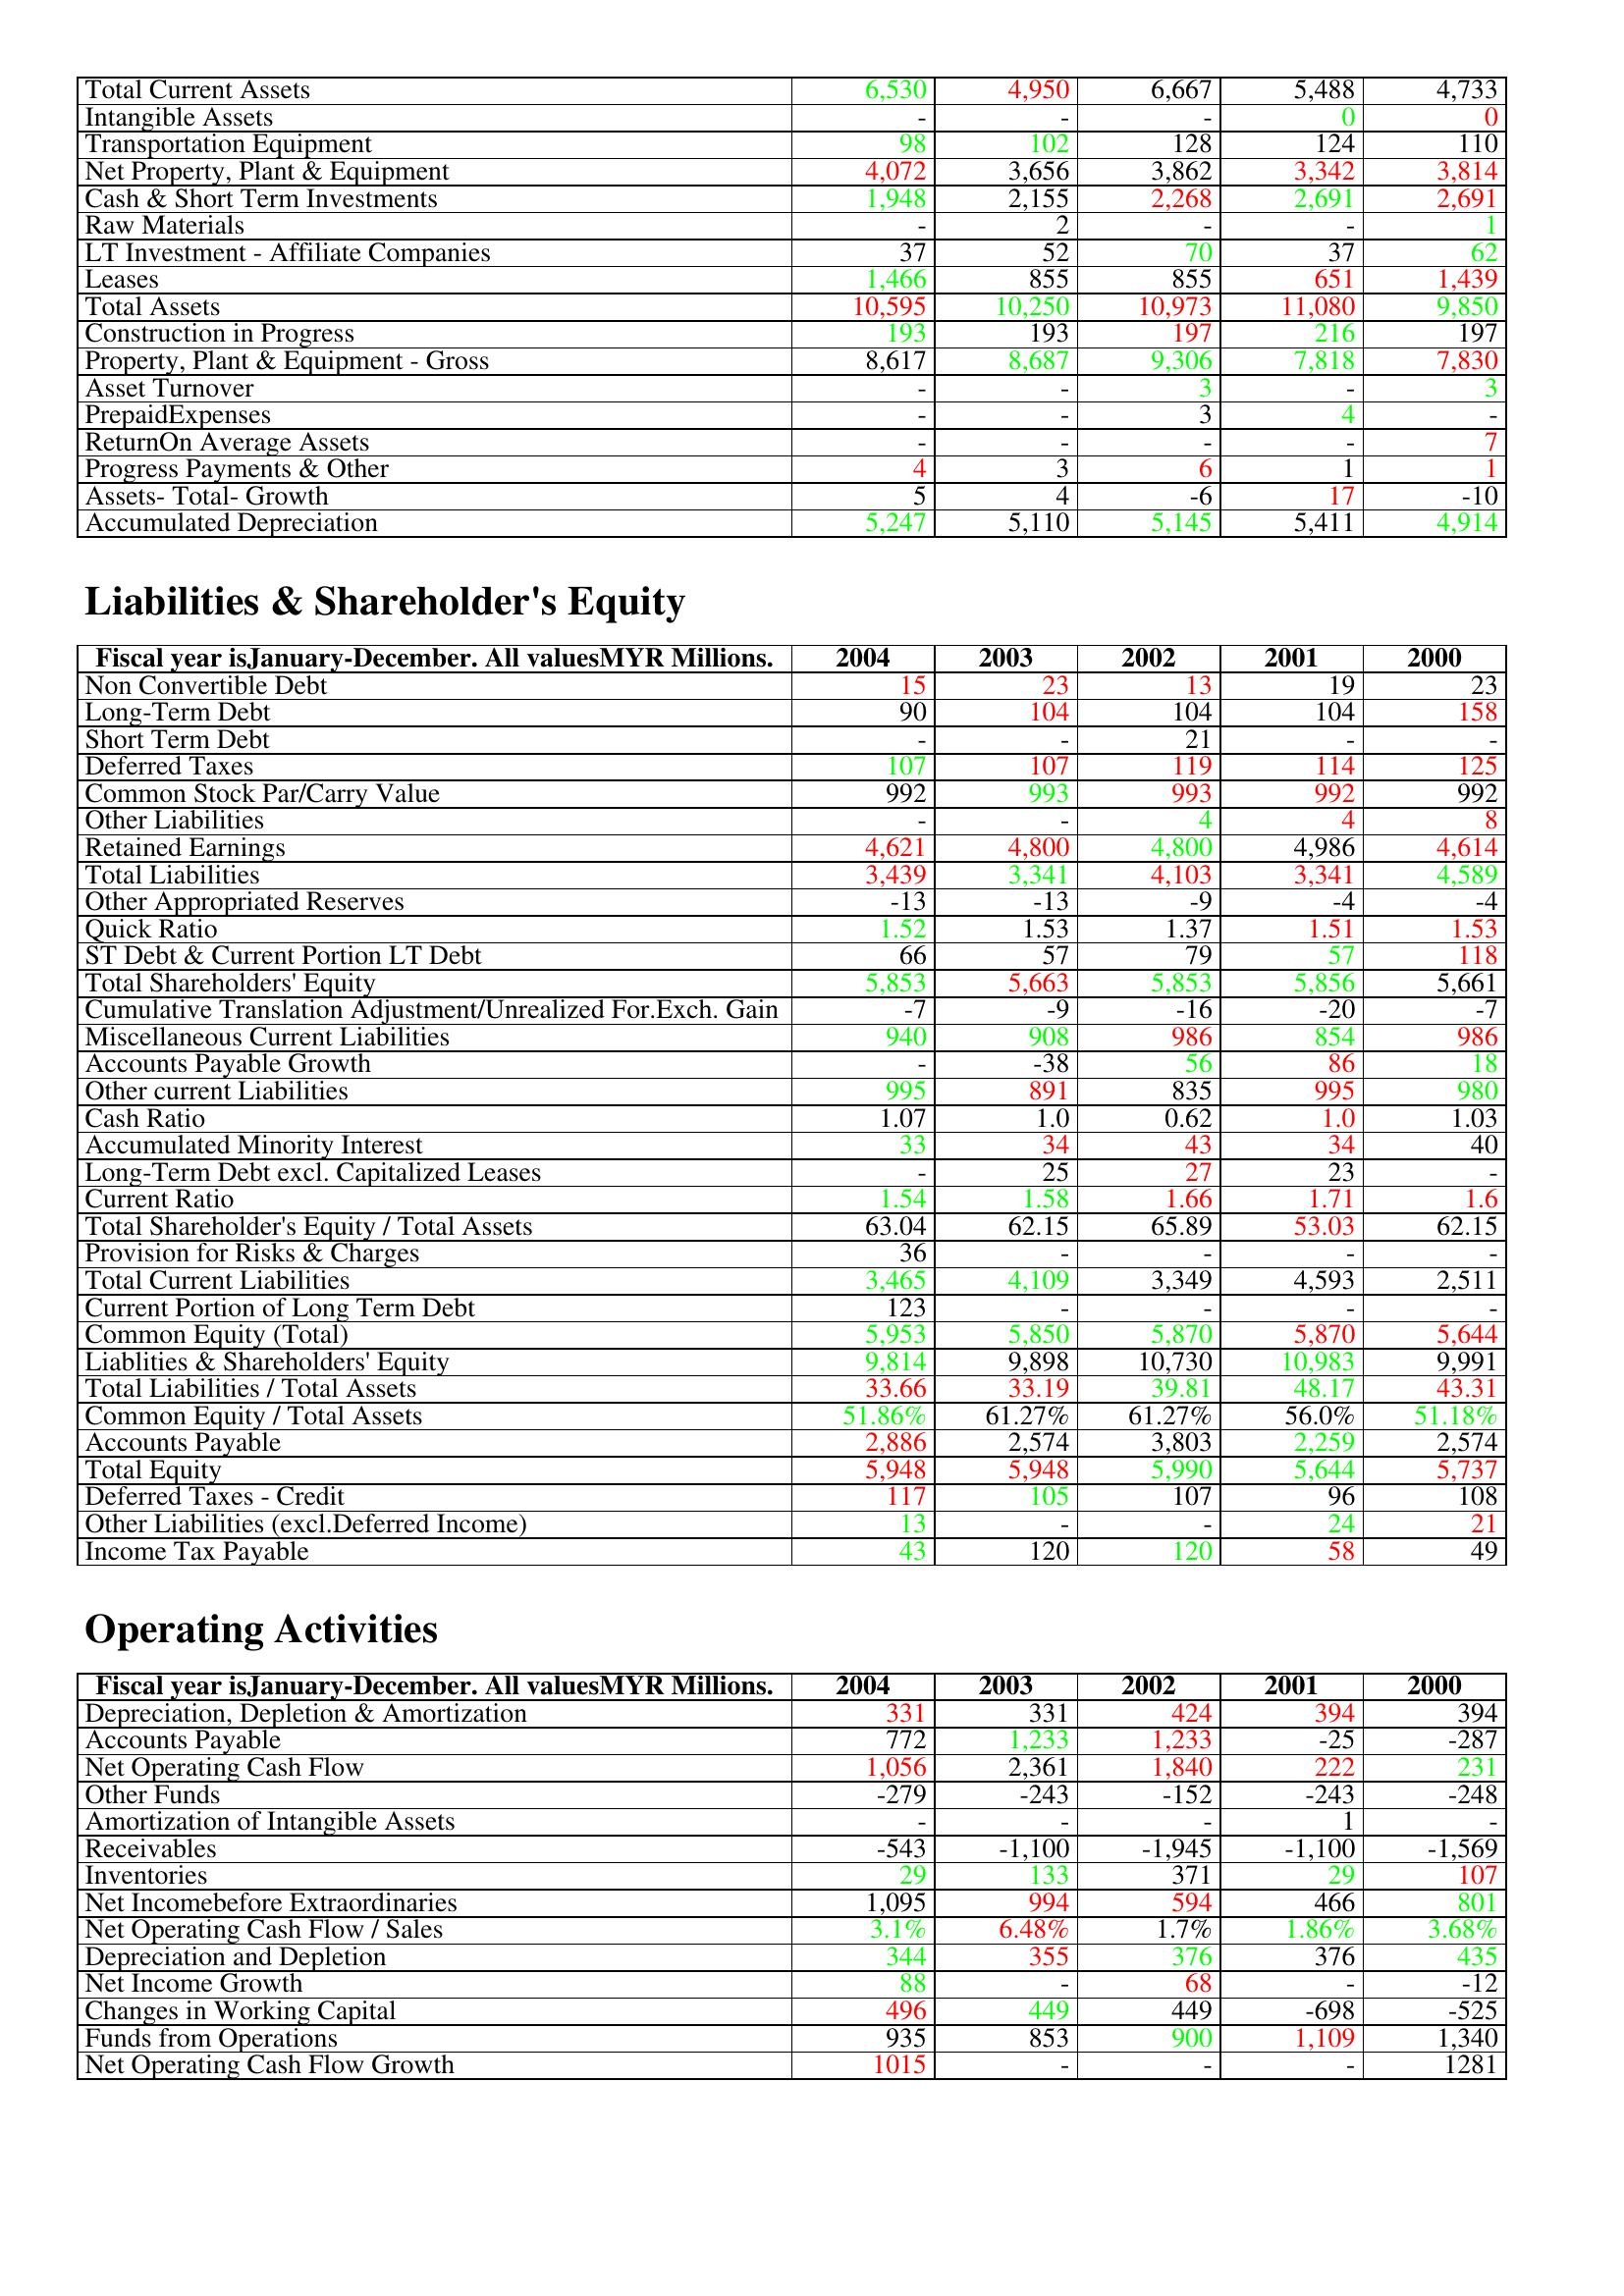
gt_parse: 2004: Assets: Total Current Assets: 6,530
Intangible Assets: -
Transportation Equipment: 98
Net Property, Plant & Equipment: 4,072
Cash & Short Term Investments: 1,948
Raw Materials: -
LT Investment - Affiliate Companies: 37
Leases: 1,466
Total Assets: 10,595
Construction in Progress: 193
Property, Plant & Equipment - Gross : 8,617
Asset Turnover: -
PrepaidExpenses: -
ReturnOn Average Assets: -
Progress Payments & Other: 4
Assets- Total- Growth: 5
Accumulated Depreciation: 5,247
Liabilities & Shareholder's Equity: Non Convertible Debt: 15
Long-Term Debt: 90
Short Term Debt: -
Deferred Taxes: 107
Common Stock Par/Carry Value: 992
Other Liabilities: -
Retained Earnings: 4,621
Total Liabilities: 3,439
Other Appropriated Reserves: -13
Quick Ratio: 1.52
ST Debt & Current Portion LT Debt: 66
Total Shareholders' Equity: 5,853
Cumulative Translation Adjustment/Unrealized For.Exch. Gain: -7
Miscellaneous Current Liabilities: 940
Accounts Payable Growth: -
Other current Liabilities: 995
Cash Ratio: 1.07
Accumulated Minority Interest: 33
Long-Term Debt excl. Capitalized Leases: -
Current Ratio: 1.54
Total Shareholder's Equity / Total Assets: 63.04
Provision for Risks & Charges: 36
Total Current Liabilities: 3,465
Current Portion of Long Term Debt: 123
Common Equity (Total): 5,953
Liablities & Shareholders' Equity: 9,814
Total Liabilities / Total Assets: 33.66
Common Equity / Total Assets: 51.86%
Accounts Payable: 2,886
Total Equity: 5,948
Deferred Taxes - Credit: 117
Other Liabilities (excl.Deferred Income): 13
Income Tax Payable: 43
Operating Activities: Depreciation, Depletion & Amortization: 331
Accounts Payable: 772
Net Operating Cash Flow: 1,056
Other Funds: -279
Amortization of Intangible Assets: -
Receivables: -543
Inventories: 29
Net Incomebefore Extraordinaries: 1,095
Net Operating Cash Flow / Sales: 3.1%
Depreciation and Depletion: 344
Net Income Growth: 88
Changes in Working Capital: 496
Funds from Operations: 935
Net Operating Cash Flow Growth: 1015
2003: Assets: Total Current Assets: 4,950
Intangible Assets: -
Transportation Equipment: 102
Net Property, Plant & Equipment: 3,656
Cash & Short Term Investments: 2,155
Raw Materials: 2
LT Investment - Affiliate Companies: 52
Leases: 855
Total Assets: 10,250
Construction in Progress: 193
Property, Plant & Equipment - Gross : 8,687
Asset Turnover: -
PrepaidExpenses: -
ReturnOn Average Assets: -
Progress Payments & Other: 3
Assets- Total- Growth: 4
Accumulated Depreciation: 5,110
Liabilities & Shareholder's Equity: Non Convertible Debt: 23
Long-Term Debt: 104
Short Term Debt: -
Deferred Taxes: 107
Common Stock Par/Carry Value: 993
Other Liabilities: -
Retained Earnings: 4,800
Total Liabilities: 3,341
Other Appropriated Reserves: -13
Quick Ratio: 1.53
ST Debt & Current Portion LT Debt: 57
Total Shareholders' Equity: 5,663
Cumulative Translation Adjustment/Unrealized For.Exch. Gain: -9
Miscellaneous Current Liabilities: 908
Accounts Payable Growth: -38
Other current Liabilities: 891
Cash Ratio: 1.0
Accumulated Minority Interest: 34
Long-Term Debt excl. Capitalized Leases: 25
Current Ratio: 1.58
Total Shareholder's Equity / Total Assets: 62.15
Provision for Risks & Charges: -
Total Current Liabilities: 4,109
Current Portion of Long Term Debt: -
Common Equity (Total): 5,850
Liablities & Shareholders' Equity: 9,898
Total Liabilities / Total Assets: 33.19
Common Equity / Total Assets: 61.27%
Accounts Payable: 2,574
Total Equity: 5,948
Deferred Taxes - Credit: 105
Other Liabilities (excl.Deferred Income): -
Income Tax Payable: 120
Operating Activities: Depreciation, Depletion & Amortization: 331
Accounts Payable: 1,233
Net Operating Cash Flow: 2,361
Other Funds: -243
Amortization of Intangible Assets: -
Receivables: -1,100
Inventories: 133
Net Incomebefore Extraordinaries: 994
Net Operating Cash Flow / Sales: 6.48%
Depreciation and Depletion: 355
Net Income Growth: -
Changes in Working Capital: 449
Funds from Operations: 853
Net Operating Cash Flow Growth: -
2002: Assets: Total Current Assets: 6,667
Intangible Assets: -
Transportation Equipment: 128
Net Property, Plant & Equipment: 3,862
Cash & Short Term Investments: 2,268
Raw Materials: -
LT Investment - Affiliate Companies: 70
Leases: 855
Total Assets: 10,973
Construction in Progress: 197
Property, Plant & Equipment - Gross : 9,306
Asset Turnover: 3
PrepaidExpenses: 3
ReturnOn Average Assets: -
Progress Payments & Other: 6
Assets- Total- Growth: -6
Accumulated Depreciation: 5,145
Liabilities & Shareholder's Equity: Non Convertible Debt: 13
Long-Term Debt: 104
Short Term Debt: 21
Deferred Taxes: 119
Common Stock Par/Carry Value: 993
Other Liabilities: 4
Retained Earnings: 4,800
Total Liabilities: 4,103
Other Appropriated Reserves: -9
Quick Ratio: 1.37
ST Debt & Current Portion LT Debt: 79
Total Shareholders' Equity: 5,853
Cumulative Translation Adjustment/Unrealized For.Exch. Gain: -16
Miscellaneous Current Liabilities: 986
Accounts Payable Growth: 56
Other current Liabilities: 835
Cash Ratio: 0.62
Accumulated Minority Interest: 43
Long-Term Debt excl. Capitalized Leases: 27
Current Ratio: 1.66
Total Shareholder's Equity / Total Assets: 65.89
Provision for Risks & Charges: -
Total Current Liabilities: 3,349
Current Portion of Long Term Debt: -
Common Equity (Total): 5,870
Liablities & Shareholders' Equity: 10,730
Total Liabilities / Total Assets: 39.81
Common Equity / Total Assets: 61.27%
Accounts Payable: 3,803
Total Equity: 5,990
Deferred Taxes - Credit: 107
Other Liabilities (excl.Deferred Income): -
Income Tax Payable: 120
Operating Activities: Depreciation, Depletion & Amortization: 424
Accounts Payable: 1,233
Net Operating Cash Flow: 1,840
Other Funds: -152
Amortization of Intangible Assets: -
Receivables: -1,945
Inventories: 371
Net Incomebefore Extraordinaries: 594
Net Operating Cash Flow / Sales: 1.7%
Depreciation and Depletion: 376
Net Income Growth: 68
Changes in Working Capital: 449
Funds from Operations: 900
Net Operating Cash Flow Growth: -
2001: Assets: Total Current Assets: 5,488
Intangible Assets: 0
Transportation Equipment: 124
Net Property, Plant & Equipment: 3,342
Cash & Short Term Investments: 2,691
Raw Materials: -
LT Investment - Affiliate Companies: 37
Leases: 651
Total Assets: 11,080
Construction in Progress: 216
Property, Plant & Equipment - Gross : 7,818
Asset Turnover: -
PrepaidExpenses: 4
ReturnOn Average Assets: -
Progress Payments & Other: 1
Assets- Total- Growth: 17
Accumulated Depreciation: 5,411
Liabilities & Shareholder's Equity: Non Convertible Debt: 19
Long-Term Debt: 104
Short Term Debt: -
Deferred Taxes: 114
Common Stock Par/Carry Value: 992
Other Liabilities: 4
Retained Earnings: 4,986
Total Liabilities: 3,341
Other Appropriated Reserves: -4
Quick Ratio: 1.51
ST Debt & Current Portion LT Debt: 57
Total Shareholders' Equity: 5,856
Cumulative Translation Adjustment/Unrealized For.Exch. Gain: -20
Miscellaneous Current Liabilities: 854
Accounts Payable Growth: 86
Other current Liabilities: 995
Cash Ratio: 1.0
Accumulated Minority Interest: 34
Long-Term Debt excl. Capitalized Leases: 23
Current Ratio: 1.71
Total Shareholder's Equity / Total Assets: 53.03
Provision for Risks & Charges: -
Total Current Liabilities: 4,593
Current Portion of Long Term Debt: -
Common Equity (Total): 5,870
Liablities & Shareholders' Equity: 10,983
Total Liabilities / Total Assets: 48.17
Common Equity / Total Assets: 56.0%
Accounts Payable: 2,259
Total Equity: 5,644
Deferred Taxes - Credit: 96
Other Liabilities (excl.Deferred Income): 24
Income Tax Payable: 58
Operating Activities: Depreciation, Depletion & Amortization: 394
Accounts Payable: -25
Net Operating Cash Flow: 222
Other Funds: -243
Amortization of Intangible Assets: 1
Receivables: -1,100
Inventories: 29
Net Incomebefore Extraordinaries: 466
Net Operating Cash Flow / Sales: 1.86%
Depreciation and Depletion: 376
Net Income Growth: -
Changes in Working Capital: -698
Funds from Operations: 1,109
Net Operating Cash Flow Growth: -
2000: Assets: Total Current Assets: 4,733
Intangible Assets: 0
Transportation Equipment: 110
Net Property, Plant & Equipment: 3,814
Cash & Short Term Investments: 2,691
Raw Materials: 1
LT Investment - Affiliate Companies: 62
Leases: 1,439
Total Assets: 9,850
Construction in Progress: 197
Property, Plant & Equipment - Gross : 7,830
Asset Turnover: 3
PrepaidExpenses: -
ReturnOn Average Assets: 7
Progress Payments & Other: 1
Assets- Total- Growth: -10
Accumulated Depreciation: 4,914
Liabilities & Shareholder's Equity: Non Convertible Debt: 23
Long-Term Debt: 158
Short Term Debt: -
Deferred Taxes: 125
Common Stock Par/Carry Value: 992
Other Liabilities: 8
Retained Earnings: 4,614
Total Liabilities: 4,589
Other Appropriated Reserves: -4
Quick Ratio: 1.53
ST Debt & Current Portion LT Debt: 118
Total Shareholders' Equity: 5,661
Cumulative Translation Adjustment/Unrealized For.Exch. Gain: -7
Miscellaneous Current Liabilities: 986
Accounts Payable Growth: 18
Other current Liabilities: 980
Cash Ratio: 1.03
Accumulated Minority Interest: 40
Long-Term Debt excl. Capitalized Leases: -
Current Ratio: 1.6
Total Shareholder's Equity / Total Assets: 62.15
Provision for Risks & Charges: -
Total Current Liabilities: 2,511
Current Portion of Long Term Debt: -
Common Equity (Total): 5,644
Liablities & Shareholders' Equity: 9,991
Total Liabilities / Total Assets: 43.31
Common Equity / Total Assets: 51.18%
Accounts Payable: 2,574
Total Equity: 5,737
Deferred Taxes - Credit: 108
Other Liabilities (excl.Deferred Income): 21
Income Tax Payable: 49
Operating Activities: Depreciation, Depletion & Amortization: 394
Accounts Payable: -287
Net Operating Cash Flow: 231
Other Funds: -248
Amortization of Intangible Assets: -
Receivables: -1,569
Inventories: 107
Net Incomebefore Extraordinaries: 801
Net Operating Cash Flow / Sales: 3.68%
Depreciation and Depletion: 435
Net Income Growth: -12
Changes in Working Capital: -525
Funds from Operations: 1,340
Net Operating Cash Flow Growth: 1281